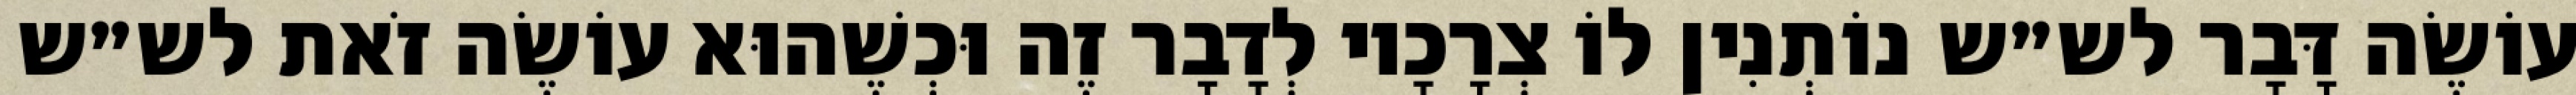
עוֹשֶׂה דָּבָר לש״ש נוֹתְנִין לוֹ צְרָכָיו לְדָבָר זֶה וּכְשֶׁהוּא עוֹשֶׂה זֹאת לש״ש